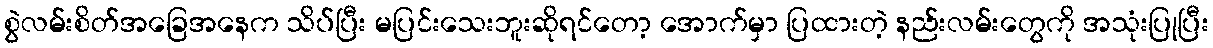
စွဲလမ်းစိတ်အခြေအနေက သိပ်ပြီး မပြင်းသေးဘူးဆိုရင်တော့ အောက်မှာ ပြထားတဲ့ နည်းလမ်းတွေကို အသုံးပြုပြီး